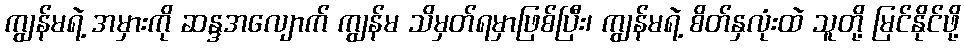
ကျွန်မရဲ့ အမှားကို ဆန္ဒအလျောက် ကျွန်မ သိမှတ်ရမှာဖြစ်ပြီး၊ ကျွန်မရဲ့ စိတ်နှလုံးထဲ သူတို့ မြင်နိုင်ဖို့